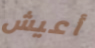
أعيش